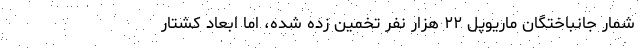
شمار جانباختگان ماریوپل ۲۲ هزار نفر تخمین زده شده، اما ابعاد کشتار